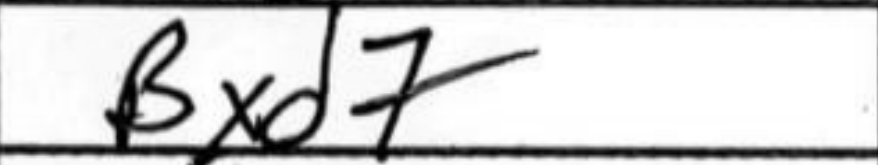
Transcription: Bxd7